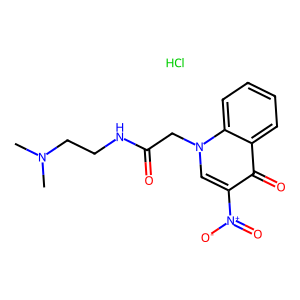
SMILES: CN(C)CCNC(=O)Cn1cc([N+](=O)[O-])c(=O)c2ccccc21.Cl
Inhibits HIV replication: No